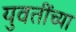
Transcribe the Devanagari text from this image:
युवतींच्या